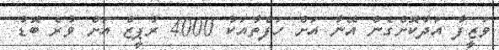
ވަޒީފާ އަދާކޮށްގެން އޭނާ އަށް ހަފްތާއަކު 4000 ރުޕީޒް އަށް ވުރެ ބޮޑު